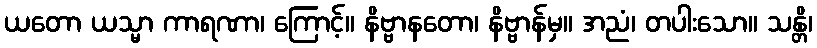
ယတော ယသ္မာ ကာရဏာ၊ ကြောင့်။ နိဗ္ဗာနတော၊ နိဗ္ဗာန်မှ။ အညံ၊ တပါးသော။ သန္တိ၊